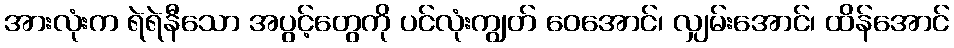
အားလုံးက ရဲရဲနီသော အပွင့်တွေကို ပင်လုံးကျွတ် ဝေအောင်၊ လျှမ်းအောင်၊ ထိန်အောင်